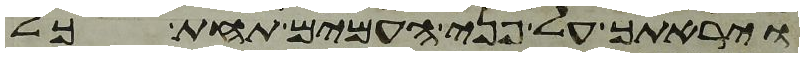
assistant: ויראתך על פני העמים תחת כל